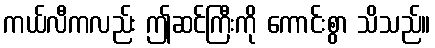
ကယ်လီကလည်း ဤဆင်ကြီးကို ကောင်းစွာ သိသည်။